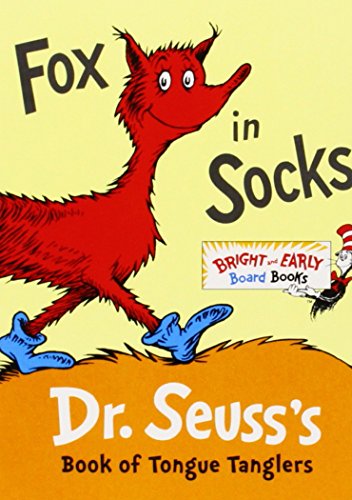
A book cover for Fox in Socks: Dr. Seuss's Book of Tongue Tanglers (Bright & Early Board Books(TM)); Dr. Seuss; Children's Books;